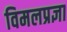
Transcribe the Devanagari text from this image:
विमलप्रज्ञा